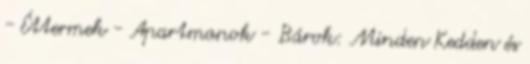
- Éttermek - Apartmanok - Bárok: Minden Kedden és